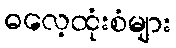
ဓလေ့ထုံးစံများ